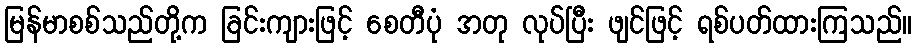
မြန်မာစစ်သည်တို့က ခြင်းကျားဖြင့် စေတီပုံ အတု လုပ်ပြီး ဖျင်ဖြင့် ရစ်ပတ်ထားကြသည်။